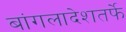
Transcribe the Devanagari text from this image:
बांगलादेशतर्फे